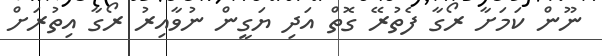
ނޫން ކަމަށާ ރޯގާ ފެތުރޭ ގޮތް އަދި ޔަގީން ނުވާއިރު ރޯގާ އިތުރަށް